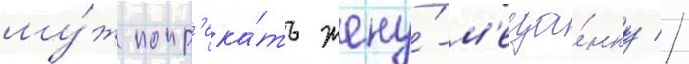
му́ж попр'ека́ть жену́-м'еща́нку //